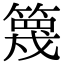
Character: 篾